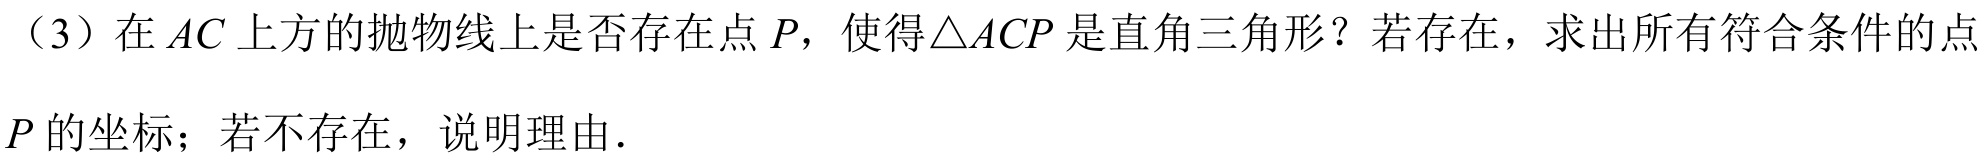
（3）在\(AC\)上方的抛物线上是否存在点\(P\)，使得\(\triangle ACP\)是直角三角形？若存在，求出所有符合条件的点\(P\)的坐标；若不存在，说明理由.